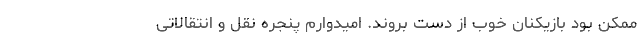
ممکن بود بازیکنان خوب از دست بروند. امیدوارم پنجره نقل و انتقالاتی